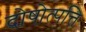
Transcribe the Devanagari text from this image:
दोषोत्पत्ति